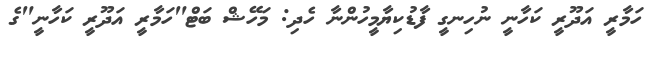
ހަމާރީ އަދޫރީ ކަހާނީ ނުހިނގީ ފާޑުކިޔާމީހުންނާ ހެދި: މަހޭޝް ބަޓް"ހަމާރީ އަދޫރީ ކަހާނީ"ގެ